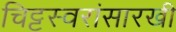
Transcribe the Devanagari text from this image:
चिट्टस्वरांसारखी